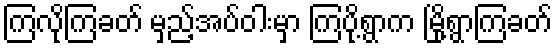
ကြလိုကြခတ် မှည့်အပ်ဝါးမှာ ကြပို့ရွာက မြို့ရွာကြခတ်